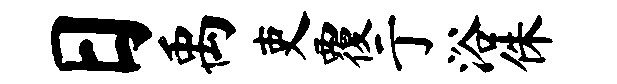
日禹吏覆亍浴侏